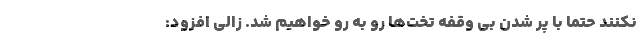
نکنند حتماً با پر شدن بی وقفه تخت‌ها رو به رو خواهیم شد. زالی افزود: